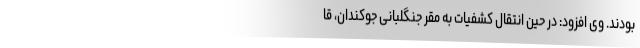
بودند. وی افزود: در حین انتقال کشفیات به مقر جنگلبانی جوکندان، قا